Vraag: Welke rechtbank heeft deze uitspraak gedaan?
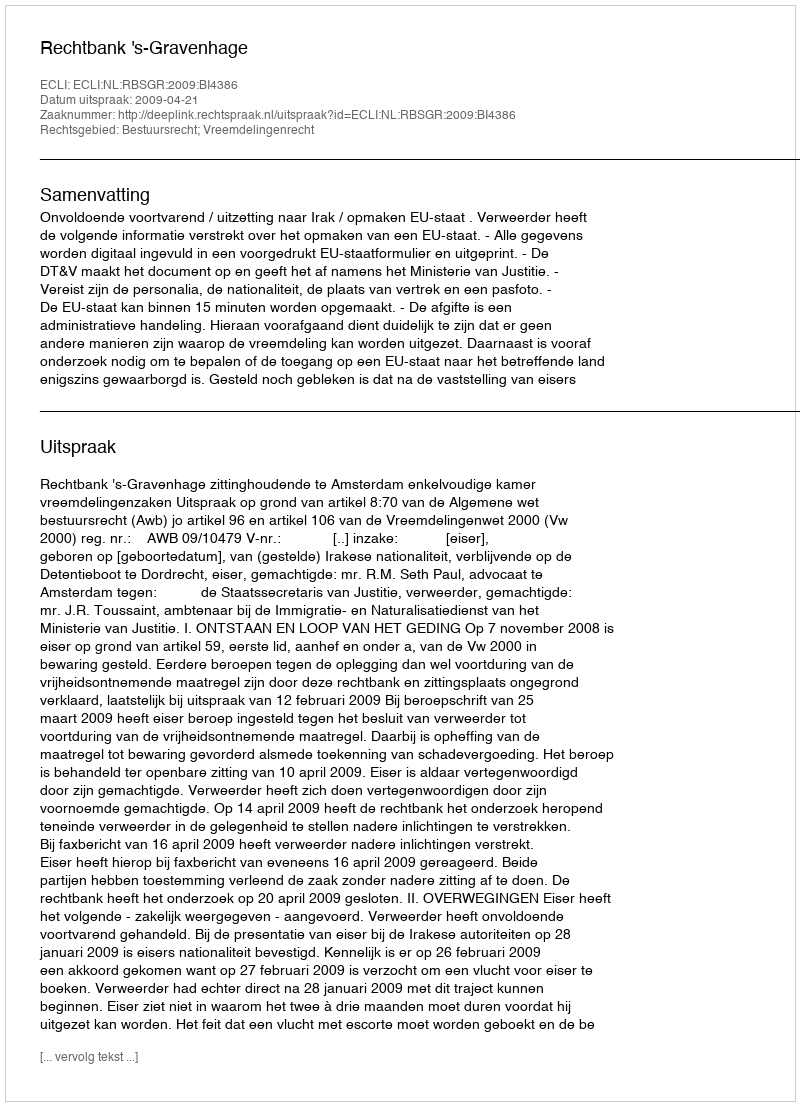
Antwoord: Rechtbank 's-Gravenhage